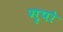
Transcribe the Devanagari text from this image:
गृपो